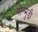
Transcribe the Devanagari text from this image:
पोन्मुडी